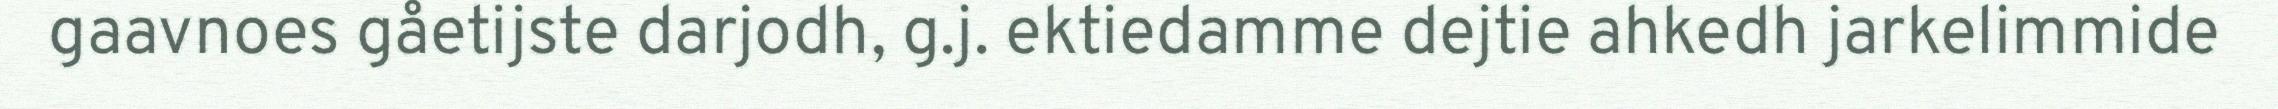
gaavnoes gåetijste darjodh, g.j. ektiedamme dejtie ahkedh jarkelimmide